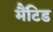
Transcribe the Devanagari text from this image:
मैंटिड